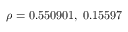
\rho = 0 . 5 5 0 9 0 1 , \; 0 . 1 5 5 9 7